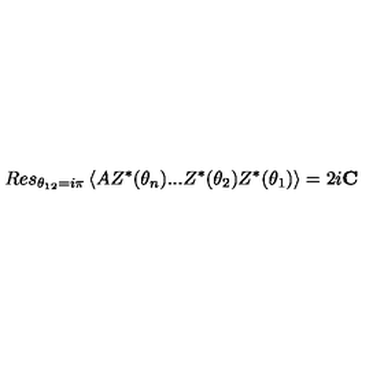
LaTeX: R e s _ { \theta _ { 1 2 } = i \pi } \left\langle A Z ^ { \ast } ( \theta _ { n } ) . . . Z ^ { \ast } ( \theta _ { 2 } ) Z ^ { \ast } ( \theta _ { 1 } ) \right\rangle = 2 i \mathbf { C }